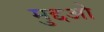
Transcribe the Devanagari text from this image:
मुद्दओ